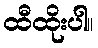
ထီထိုးပါ။